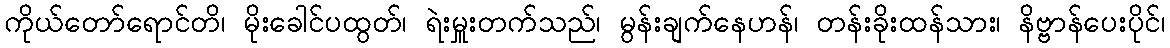
ကိုယ်တော်ရောင်တိ၊ မိုးခေါင်ပထွတ်၊ ရဲးမှူးတက်သည်၊ မွန်းချက်နေဟန်၊ တန်းခိုးထန်သား၊ နိဗ္ဗာန်ပေးပိုင်၊